65_HS1-834228961_62-HQ-83894_Section_6
Agency: FBI
Page 78
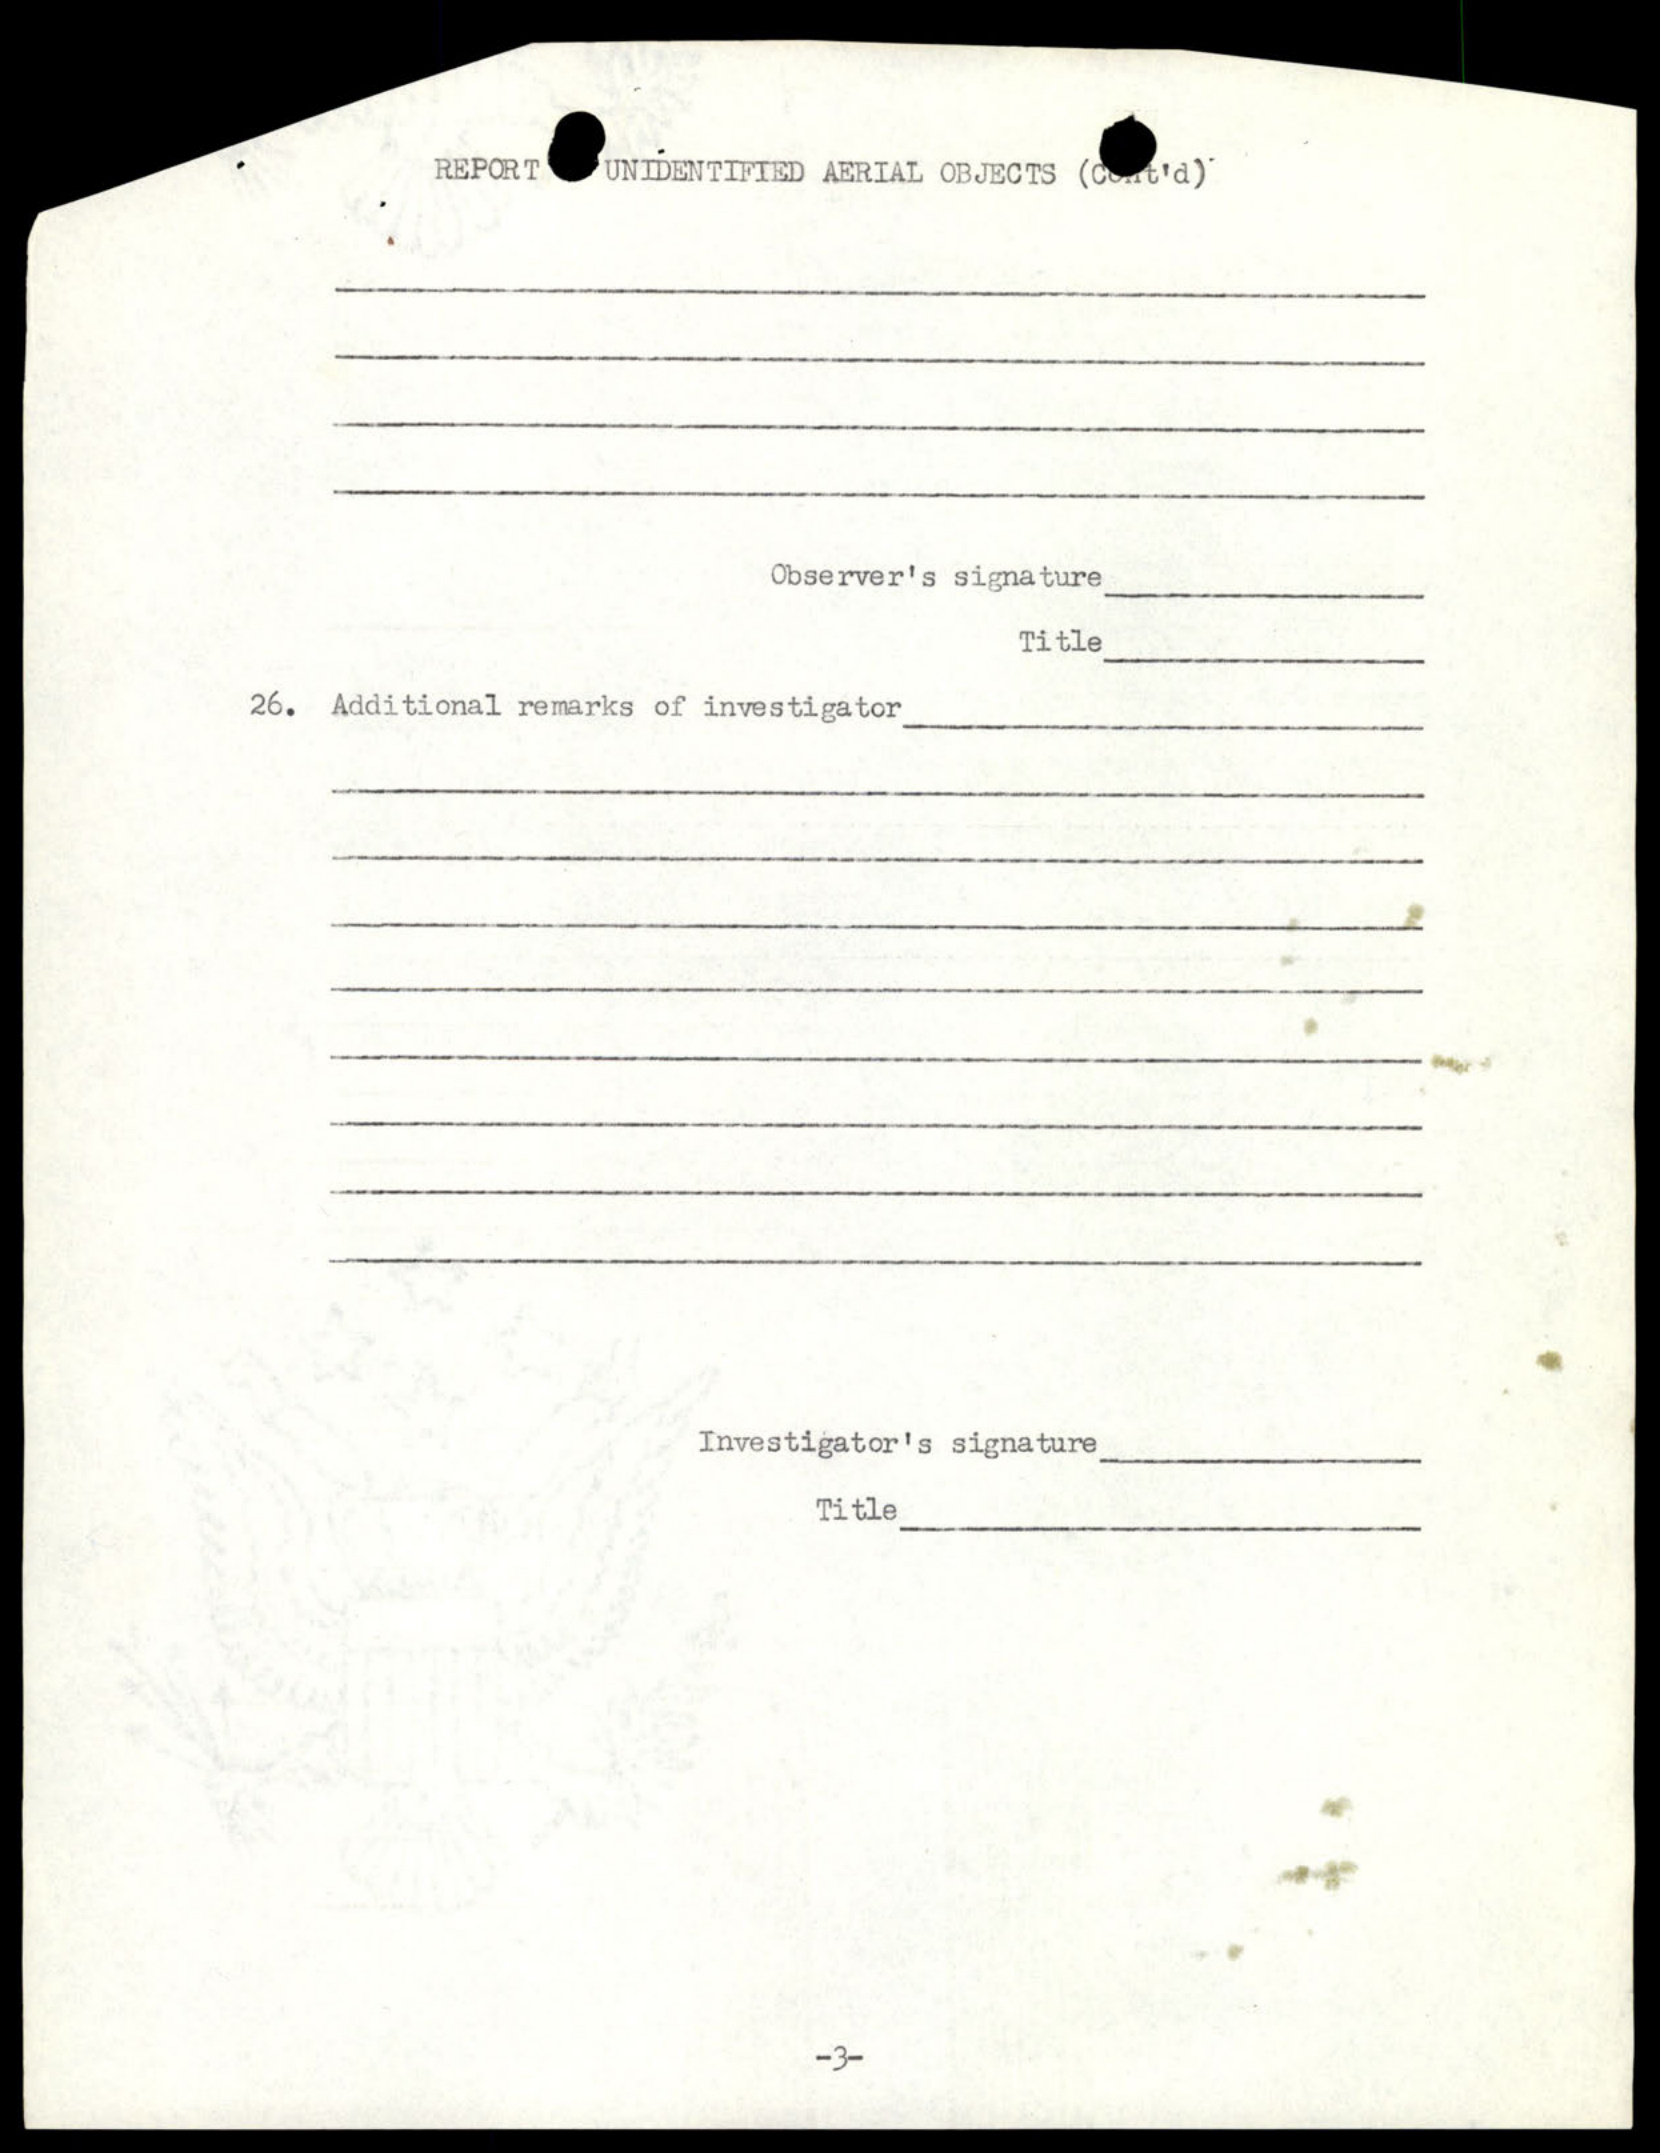